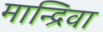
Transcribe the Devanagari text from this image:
मान्द्रिवा